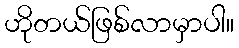
ဟိုတယ်ဖြစ်လာမှာပါ။